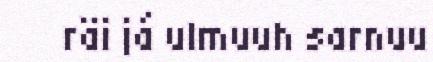
räi já ulmuuh sarnuu